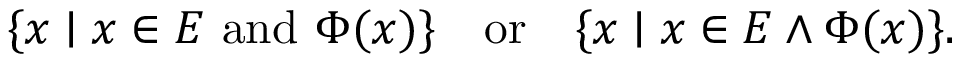
\{ x \mid x \in E { \mathrm { ~ a n d ~ } } \Phi ( x ) \} \quad { \mathrm { o r } } \quad \{ x \mid x \in E \land \Phi ( x ) \} .